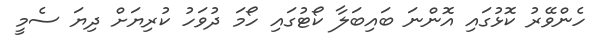
ހެންވޭރު ކޮޅުގައި އޮންނަ ބައިބަލާ ކޯޓުގައި ހޯމަ ދުވަހު ކުރިޔަށް ދިޔަ ސެމީ